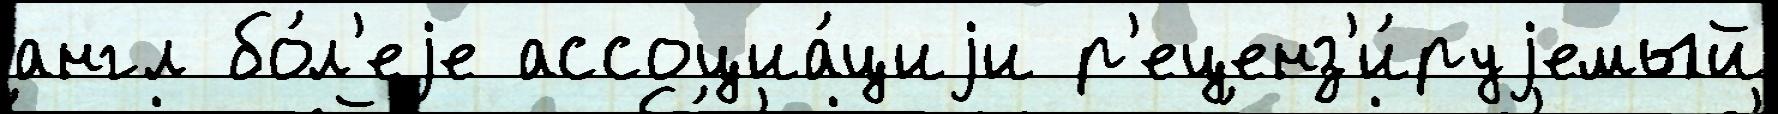
англ бо́л'еjе ассоциа́циjи р'еценз'и́руjемый